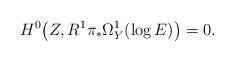
LaTeX: \begin{align*}H^0\big(Z,R^1\pi_*\Omega^1_Y(\log E)\big) = 0.\end{align*}